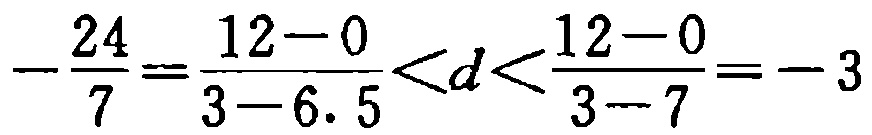
\(-\frac{24}{7}=\frac{12 - 0}{3 - 6.5}<d<\frac{12 - 0}{3 - 7}=-3\)